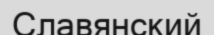
Славянский